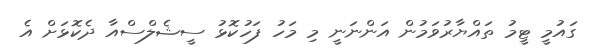
ގައުމީ ޓީމު ތައްޔާރުވަމުން އަންނަނީ މި މަހު ފަހުކޮޅު ސީޝެލްސްއާ ދެކޮޅަށް އެ